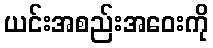
ယင်းအစည်းအဝေးကို